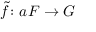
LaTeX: { \tilde { f } } \colon a F \rightarrow G